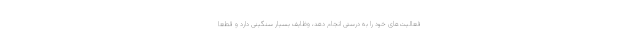
فعالیت‌های خود را به درستی انجام دهد، وظایف بسیار سنگینی دارد و قطعا